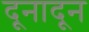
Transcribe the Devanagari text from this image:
दूनादून